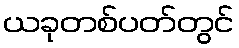
ယခုတစ်ပတ်တွင်